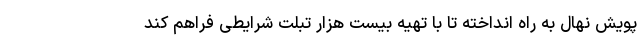
پویش نهال به راه انداخته تا با تهیه بیست هزار تبلت شرایطی فراهم کند